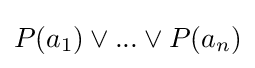
P(a_{1})\lor ...\lor P(a_{n})